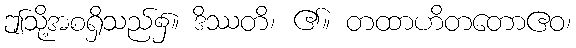
ဤသို့အစရှိသည်၌။ ဒိဿတိ၊ ၏။ တထာဟိတတောဧဝ၊